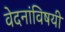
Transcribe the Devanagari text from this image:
वेदनांविषयी